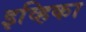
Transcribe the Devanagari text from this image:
इव्हिका